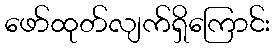
ဖော်ထုတ်လျက်ရှိကြောင်း